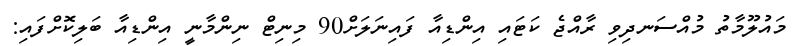
މައުލޫމާތު މުއްސަނދިވި ރާއްޖެ ކަޓައި އިންޑިއާ ފައިނަލަށް90 މިނިޓް ނިންމާނީ އިންޑިއާ ބަލިކޮށްފައި: